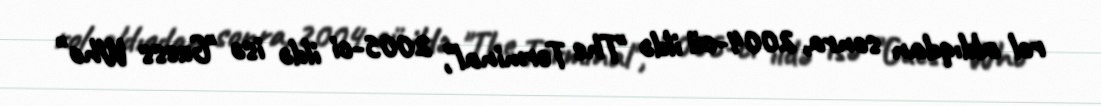
rol aldıqdan sonra, 2004-cü ildə "The Terminal", 2005-ci ildə isə "Guess Who"